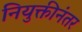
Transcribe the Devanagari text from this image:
नियुक्तीनंतर